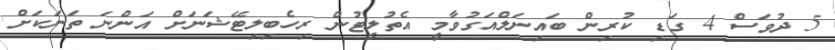
5 ދުވަސް 4 ގަޑި ކުރިން ބައިނަލްއަގުވާމީ އެތުލީޓުން ރިހެބިލިޓޭޝަނަށް އަންނަ ތަނަކަށް